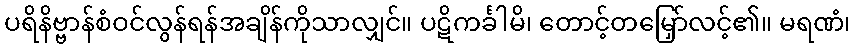
ပရိနိဗ္ဗာန်စံဝင်လွန်ရန်အချိန်ကိုသာလျှင်။ ပဋိကင်္ခါမိ၊ တောင့်တမြှော်လင့်၏။ မရဏံ၊